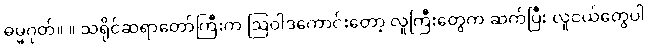
ဓမ္မဂုတ်။ ။ သရိုင်ဆရာတော်ကြီးက ဩဝါဒကောင်းတော့ လူကြီးတွေက ဆက်ပြီး လူငယ်တွေပါ